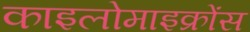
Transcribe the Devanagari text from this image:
काइलोमाइक्रोंस